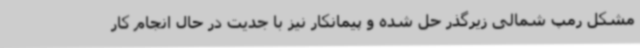
مشکل رمپ شمالی زیرگذر حل شده و پیمانکار نیز با جدیت در حال انجام کار